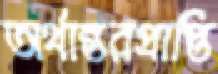
অর্থান্তরপ্রাপ্তি